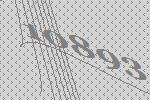
10893